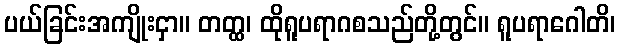
ပယ်ခြင်းအကျိုးငှာ။ တတ္ထ၊ ထိုရူပရာဂစသည်တို့တွင်။ ရူပရာဂေါတိ၊